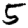
Digit: 5